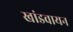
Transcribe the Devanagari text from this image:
खांडवायन